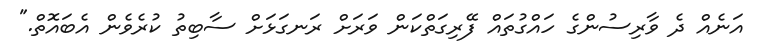
އަނެއް ދެ ވާރިސުންގެ ހައްގުތައް ފޭރިގަތްކަން ވަރަށް ރަނގަޅަށް ސާބިތު ކުރެވެން އެބައޮތް."